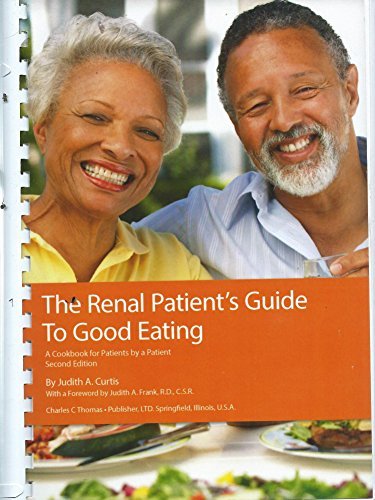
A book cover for The Renal Patient's Guide to Good Eating: A Cookbook for Patients by a Patient; Judith Curtis; Medical Books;